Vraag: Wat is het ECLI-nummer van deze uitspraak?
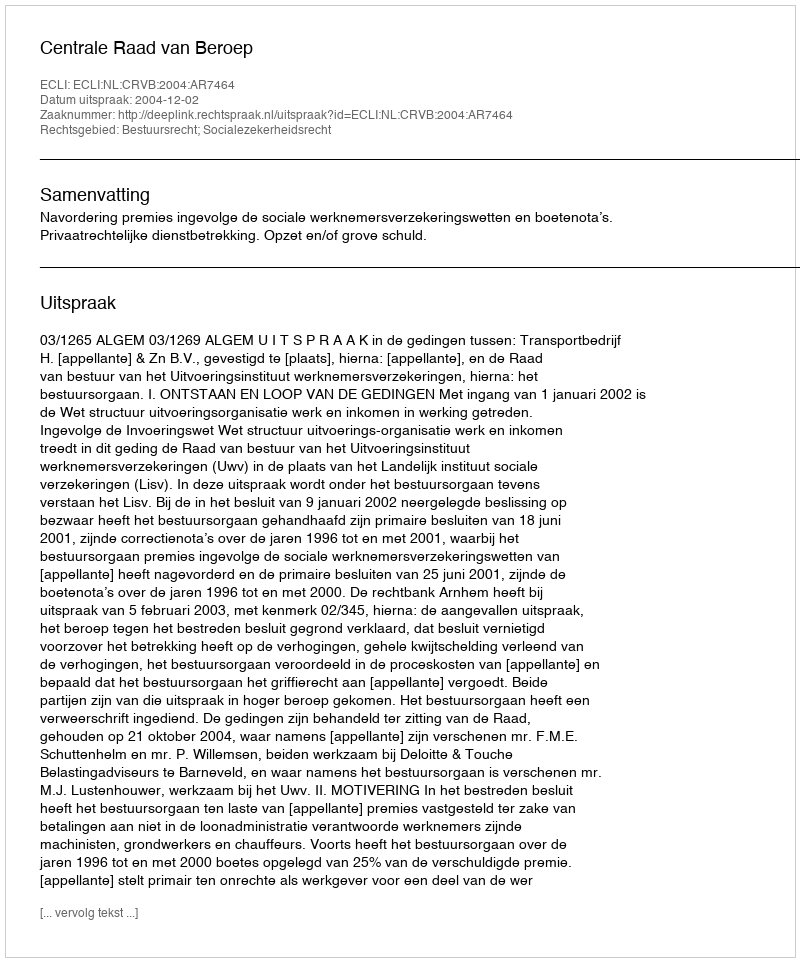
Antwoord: ECLI:NL:CRVB:2004:AR7464